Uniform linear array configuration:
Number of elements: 48
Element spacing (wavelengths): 0.25
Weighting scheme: hamming
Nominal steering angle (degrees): -15
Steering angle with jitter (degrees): -14.046
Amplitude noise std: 0.05
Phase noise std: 0.05

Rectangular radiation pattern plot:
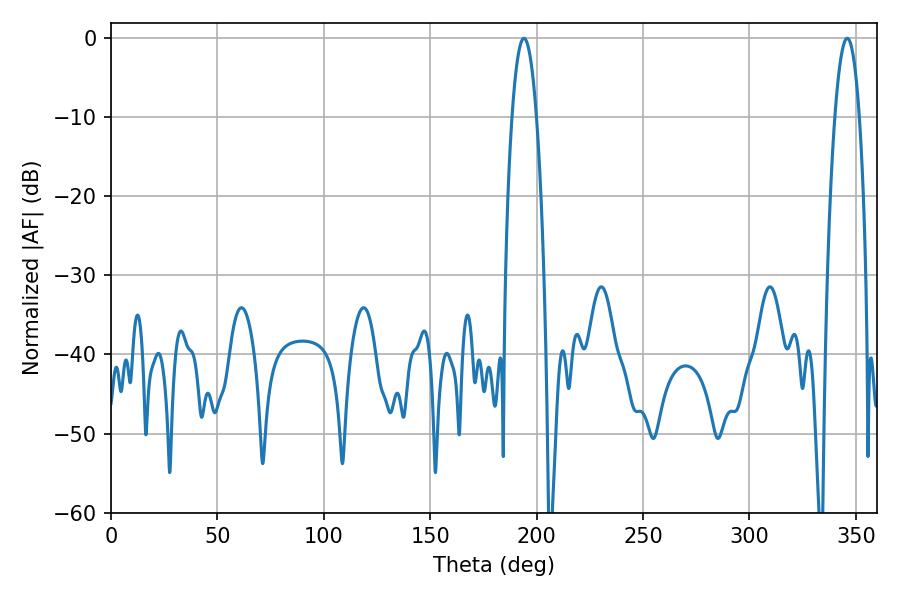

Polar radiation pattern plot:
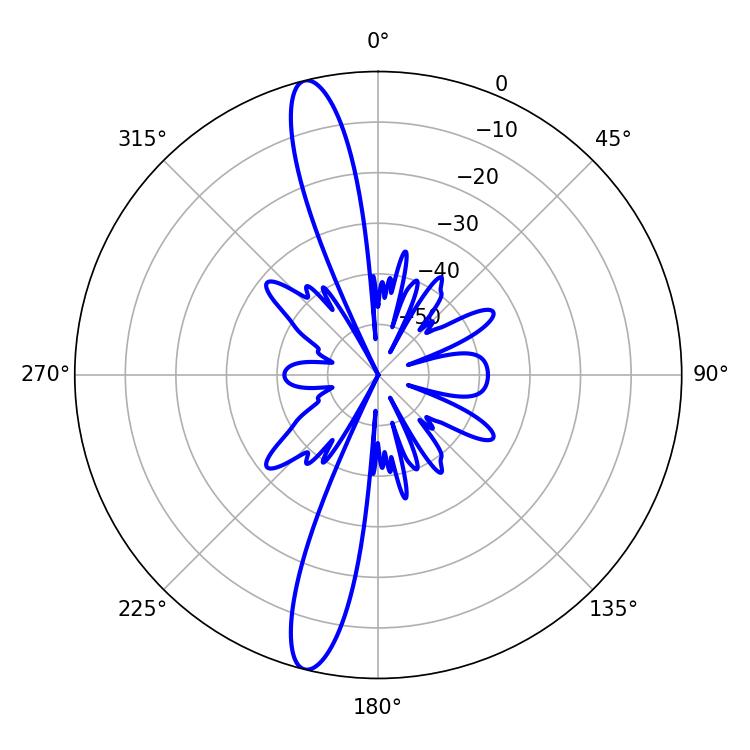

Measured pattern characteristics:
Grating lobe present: FALSE
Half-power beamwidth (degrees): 6.3
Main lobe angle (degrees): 194.04